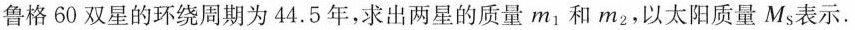
鲁格60双星的环绕周期为44.5年，求出两星的质量m_{1}和m_{2}，以太阳质量M_{s}表示.